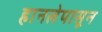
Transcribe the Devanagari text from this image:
हानलेपासून